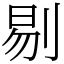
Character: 剔